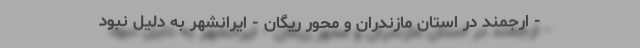
- ارجمند در استان مازندران و محور ریگان - ایرانشهر‌‌‌‌‌ به دلیل نبود